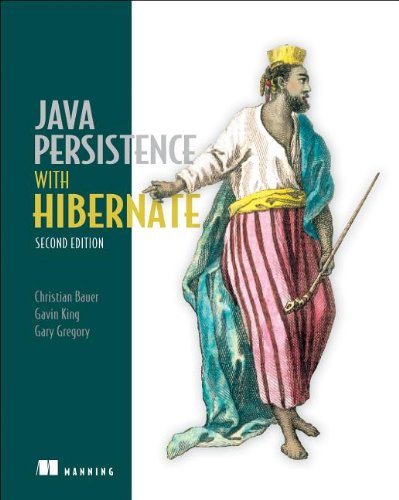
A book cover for Java Persistence with Hibernate; Christian Bauer; Computers & Technology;